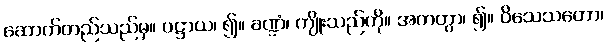
ဆောက်တည်သည်မှ။ ပဋ္ဌာယ၊ ၍။ ခဏ္ဍံ၊ ကျိုးသည်ကို။ အကတွာ၊ ၍။ ဝိသေသတော၊